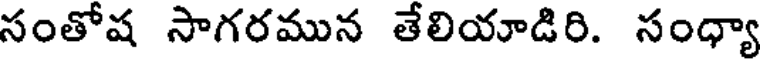
సంతోష సాగరమున తేలియాడిరి. సంధ్యా